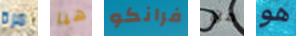
مرة هيا فرانكو من هو